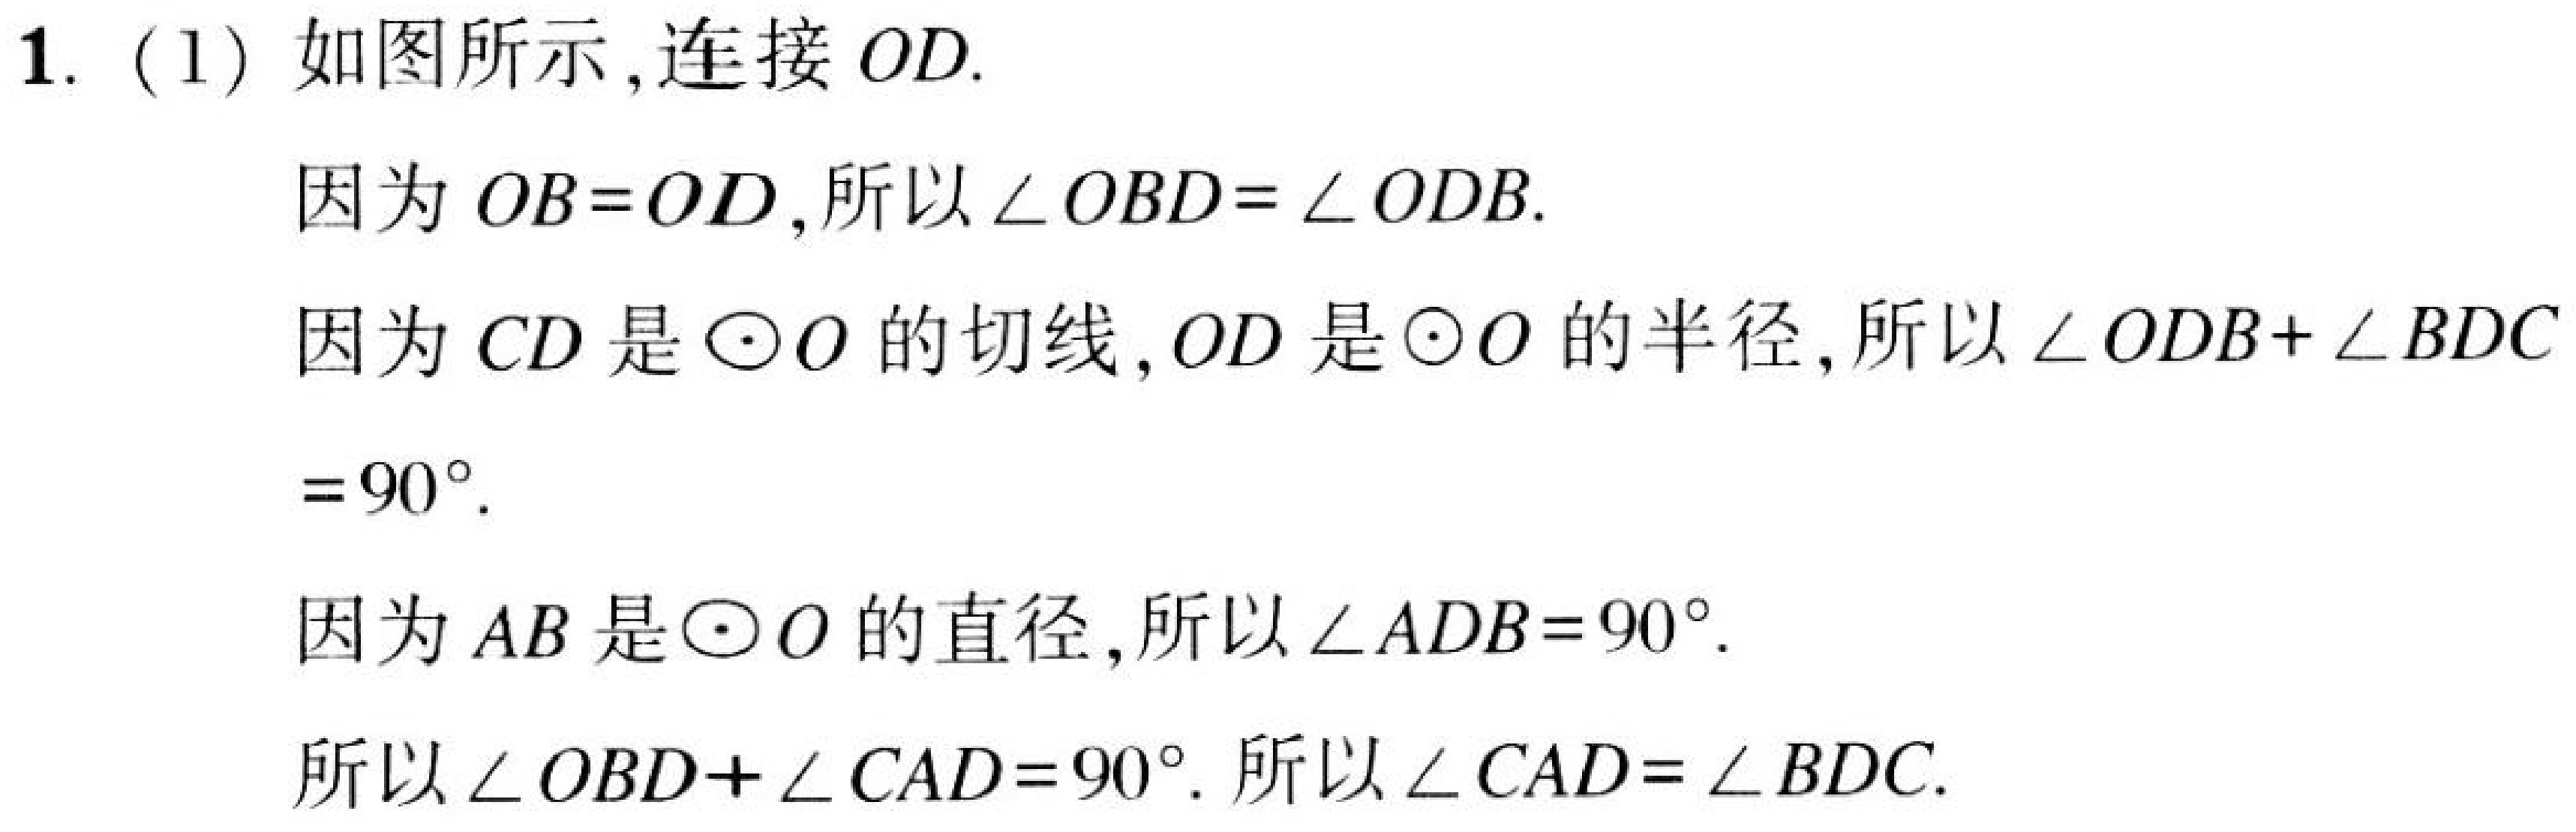
1. (1) 如图所示,连接 \(OD\).
因为 \(OB = OD\),所以 \(\angle OBD=\angle ODB\).
因为 \(CD\) 是 \(\odot O\) 的切线,\(OD\) 是 \(\odot O\) 的半径,所以 \(\angle ODB+\angle BDC\)
\(=90^{\circ}\).
因为 \(AB\) 是 \(\odot O\) 的直径,所以 \(\angle ADB = 90^{\circ}\).
所以 \(\angle OBD+\angle CAD=90^{\circ}\). 所以 \(\angle CAD=\angle BDC\).